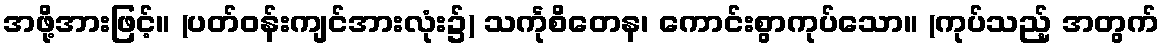
အဖို့အားဖြင့်။ (ပတ်ဝန်းကျင်အားလုံး၌) သင်္ကုစိတေန၊ ကောင်းစွာကုပ်သော။ (ကုပ်သည့် အတွက်